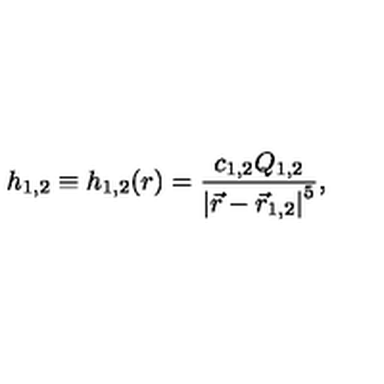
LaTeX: { h _ { 1 , 2 } } \equiv { h _ { 1 , 2 } } ( r ) = { \frac { c _ { 1 , 2 } Q _ { 1 , 2 } } { \left| \vec { r } - \vec { r } _ { 1 , 2 } \right| ^ { 5 } } } ,